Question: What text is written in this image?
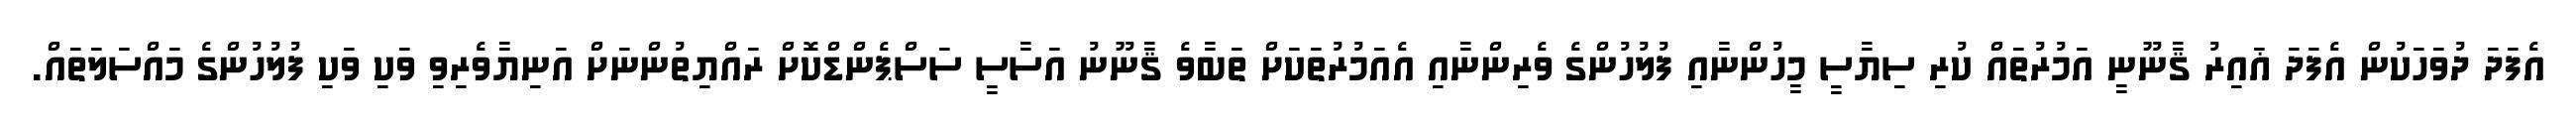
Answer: އެފަދަ ދުވަހަކުން އެފަދަ ޣައިރު ޤާނޫނީ އަމުރުތައް ކުރި ސިޔާސީ މީހުންނާއި ފުލުހުންގެ ވެރިންނާއި އެއަމުރުތަކަށް ތަބާވެ ޤާނޫނު އަސާސީ ސަސްޕެންޑްކޮށް ރައްޔިތުންނަށް އަނިޔާވެރިވި ވަކި ވަކި ފުލުހުންގެ މައްސަލަތައް.